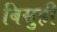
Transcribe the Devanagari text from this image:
बिसुही